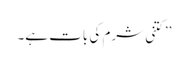
’’کتنی شرم کی بات ہے۔